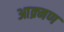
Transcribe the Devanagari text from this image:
आक्र्मण